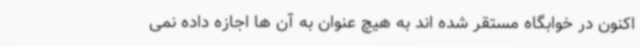
اکنون در خوابگاه مستقر شده اند به هیچ عنوان به آن ها اجازه داده نمی